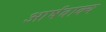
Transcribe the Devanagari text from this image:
आर्षवाक्य